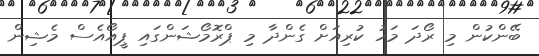
ބޭންކުން މި ރޯދަ މަހު ކުރިއަށް ގެންދާ މި ޕްރޮމޯޝަންގައި ޕީއޯއެސް މެޝިން